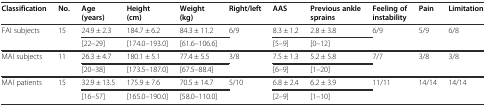
<table><thead><tr><td><b>Classification</b></td><td><b>No.</b></td><td><b>Age (years)</b></td><td><b>Height (cm)</b></td><td><b>Weight (kg)</b></td><td><b>Right/left</b></td><td><b>AAS</b></td><td><b>Previous ankle sprains</b></td><td><b>Feeling of instability</b></td><td><b>Pain</b></td><td><b>Limitation</b></td></tr></thead><tbody><tr><td rowspan="2">FAI subjects</td><td rowspan="2">15</td><td>24.9 ± 2.3</td><td>184.7 ± 6.2</td><td>84.3 ± 11.2</td><td rowspan="2">6/9</td><td>8.3 ± 1.2</td><td>2.8 ± 3.8</td><td rowspan="2">6/9</td><td rowspan="2">5/9</td><td rowspan="2">6/8</td></tr><tr><td>[22–29]</td><td>[174.0–193.0]</td><td>[61.6–106.6]</td><td>[5–9]</td><td>[0–12]</td></tr><tr><td rowspan="2">MAI subjects</td><td rowspan="2">11</td><td>26.3 ± 4.7</td><td>180.1 ± 5.1</td><td>77.4 ± 5.5</td><td rowspan="2">3/8</td><td>7.5 ± 1.3</td><td>5.2 ± 5.8</td><td rowspan="2">7/7</td><td rowspan="2">3/8</td><td rowspan="2">3/8</td></tr><tr><td>[20–38]</td><td>[173.5–187.0]</td><td>[67.5–88.4]</td><td>[6–9]</td><td>[1–20]</td></tr><tr><td rowspan="2">MAI patients</td><td rowspan="2">15</td><td>32.9 ± 13.5</td><td>175.9 ± 7.6</td><td>70.5 ± 14.7</td><td rowspan="2">5/10</td><td>6.8 ± 2.4</td><td>6.2 ± 3.9</td><td rowspan="2">11/11</td><td rowspan="2">14/14</td><td rowspan="2">14/14</td></tr><tr><td>[16–57]</td><td>[165.0–190.0]</td><td>[58.0–110.0]</td><td>[2–9]</td><td>[1–10]</td></tr></tbody></table>